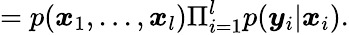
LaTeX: =p(\boldsymbol{x}_{1},...,\boldsymbol{x}_{l})\Pi_{i=1}^{l}p(\boldsymbol{y}_{i}|\boldsymbol{x}_{i}).